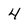
Character: 4